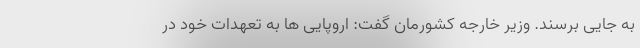
به جایی برسند. وزیر خارجه کشورمان گفت: اروپایی ها به تعهدات خود در